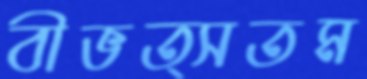
বীভত্সতম